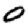
Digit: 0